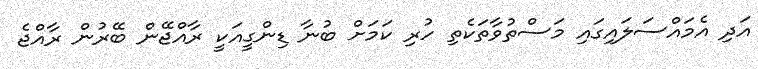
އަދި އެމައްސަލައިގައި މަސްތުވާތަކެތި ހުރި ކަމަށް ބުނާ ޑިންގީއަކީ ރާއްޖޭން ބޭރުން ރާއްޖެ